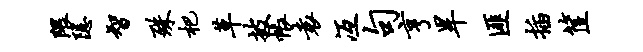
隈隐智殊杷草披帐袁冱句亨旱匪插筐